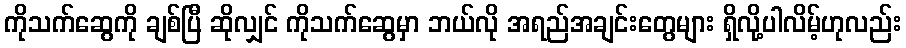
ကိုသက်ဆွေကို ချစ်ပြီ ဆိုလျှင် ကိုသက်ဆွေမှာ ဘယ်လို အရည်အချင်းတွေများ ရှိလို့ပါလိမ့်ဟုလည်း